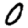
Digit: 0